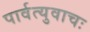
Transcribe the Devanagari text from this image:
पार्वत्युवाचः